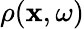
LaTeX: \rho(\mathbf{x},\omega)